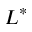
L ^ { * }